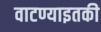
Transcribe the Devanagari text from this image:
वाटण्याइतकी